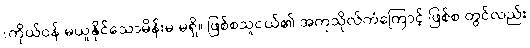
(ကိုယ်ဝန် မယူနိုင်သောမိန်းမ မရှိ။ ဖြစ်စသူငယ်၏ အကုသိုလ်ကံကြောင့် ဖြစ်စ တွင်လည်း